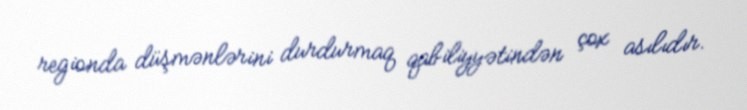
regionda düşmənlərini durdurmaq qabiliyyətindən çox asılıdır.